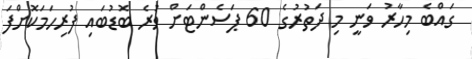
ގައްބެ މިހާރު ވަނީ މި ދަތުރުގެ 60 ޕަސެންޓަށް ވުރެ ބޮޑުބައި ފުރިހަމަކޮށްފަ